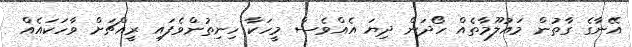
އޭނާގެ ގާތުން މައުލޫމާތެއް ހޯދަން ދިޔަ އެއްވެސް މީހަކާ ހިނިތުންވެފައި ރީއްޗަށް ވާހަކައެއް